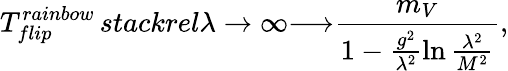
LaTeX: T_{flip}^{rainbow}\, stackrel{\lambda\rightarrow\infty}{\longrightarrow}\frac{m_{V}}{1-\frac{g^{2}}{\lambda^{2}}\ln\frac{\lambda^{2}}{M^{2}}},